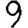
Digit: 9